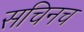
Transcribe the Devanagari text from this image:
सचिनच